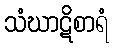
သံဃာဋိစာရံ